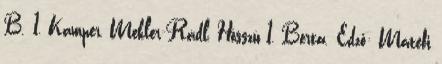
B. 1, Kamper, Mekler-Rádl, Hosszú 1, Berta. Edző: Mátéfi